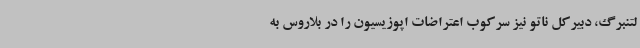
لتنبرگ، دبیرکل ناتو نیز سرکوب اعتراضات اپوزیسیون را در بلاروس به